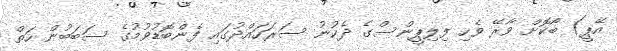
އޭޕީ) ބޯކޮށް ވާރޭ ވެހި ފިލިޕީންސްގެ ދެކުނު ސަރަހައްދުގައި ފެންބޮޑުވުމުގެ ސަބަބުން ހަތް